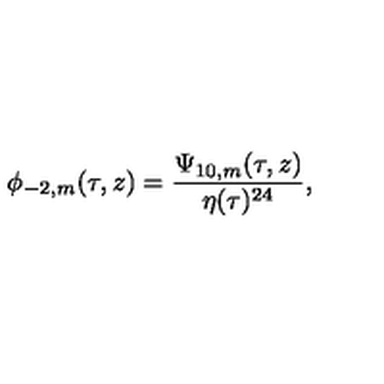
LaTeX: \phi _ { - 2 , m } ( \tau , z ) = \frac { \Psi _ { 1 0 , m } ( \tau , z ) } { \eta ( \tau ) ^ { 2 4 } } ,